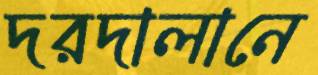
দরদালানে